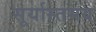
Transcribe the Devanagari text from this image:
सूर्यास्तमय